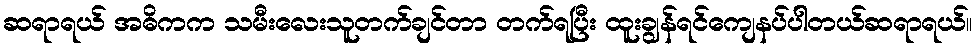
ဆရာရယ် အဓိကက သမီးလေးသူတက်ချင်တာ တက်ရပြီး ထူးချွန်ရင်ကျေနပ်ပါတယ်ဆရာရယ်။